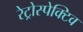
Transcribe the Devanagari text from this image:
रेट्रोस्‍पेक्टिव